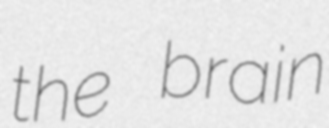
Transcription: the brain